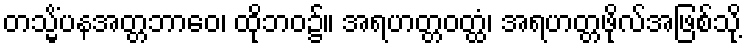
တသ္မိံပနအတ္တဘာဝေ၊ ထိုဘဝ၌။ အရဟတ္တဝတ္ထံ၊ အရဟတ္တဖိုလ်အဖြစ်သို့